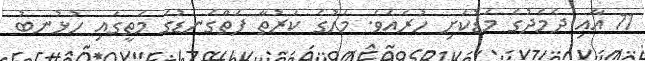
11 އާއި ދެމެދުގެ މަޑުކަށި ހުރެއެވެ. މަހުގެ ކަރުތާ ފަތްގަނޑުގެ މަތީގައި ހުޅުނބު